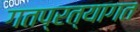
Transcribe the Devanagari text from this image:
गतप्रत्यागत